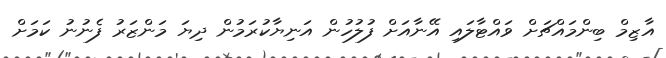
އާޒިމް ބިންމައްޗަށް ވައްޓާލައި އޭނާއަށް ފުލުހުން އަނިޔާކުރަމުން ދިޔަ މަންޒަރު ފެނުނު ކަމަށް